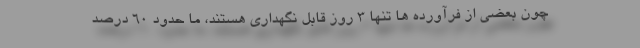
چون بعضی از فرآورده ها تنها 3 روز قابل نگهداری هستند، ما حدود 60 درصد